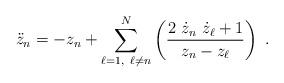
LaTeX: \begin{align*}\ddot{z}_{n}=-z_{n}+\sum_{\ell =1,~\ell \neq n}^{N}\left( \frac{2~\dot{z}_{n}~\dot{z}_{\ell }+1}{z_{n}-z_{\ell }}\right) ~. \end{align*}